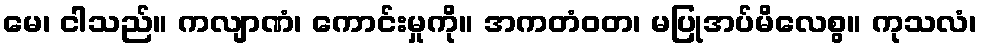
မေ၊ ငါသည်။ ကလျာဏံ၊ ကောင်းမှုကို။ အကတံဝတ၊ မပြုအပ်မိလေစွ။ ကုသလံ၊